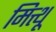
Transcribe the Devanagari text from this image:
मित्थू